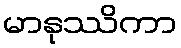
မာနုဿိကာ